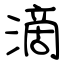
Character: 滴